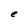
Character: e